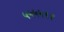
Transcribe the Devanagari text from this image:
५५५५९१